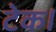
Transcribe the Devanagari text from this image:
टेक।